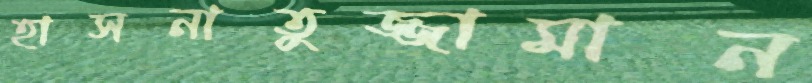
হাসনাতুজ্জামান